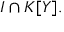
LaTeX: I \cap K [ Y ] .